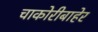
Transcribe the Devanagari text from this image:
चाकोरीबाहेर